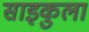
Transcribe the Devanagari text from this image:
साइकुला